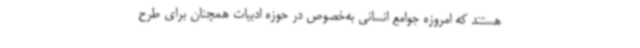
هستند که امروزه جوامع انسانی به‌خصوص در حوزه ادبیات همچنان برای طرح